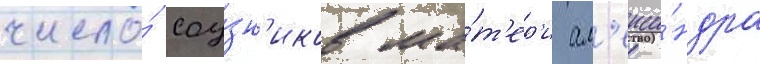
число́ соу́зн'иков ма́т'ер'и ал'екса́ндра